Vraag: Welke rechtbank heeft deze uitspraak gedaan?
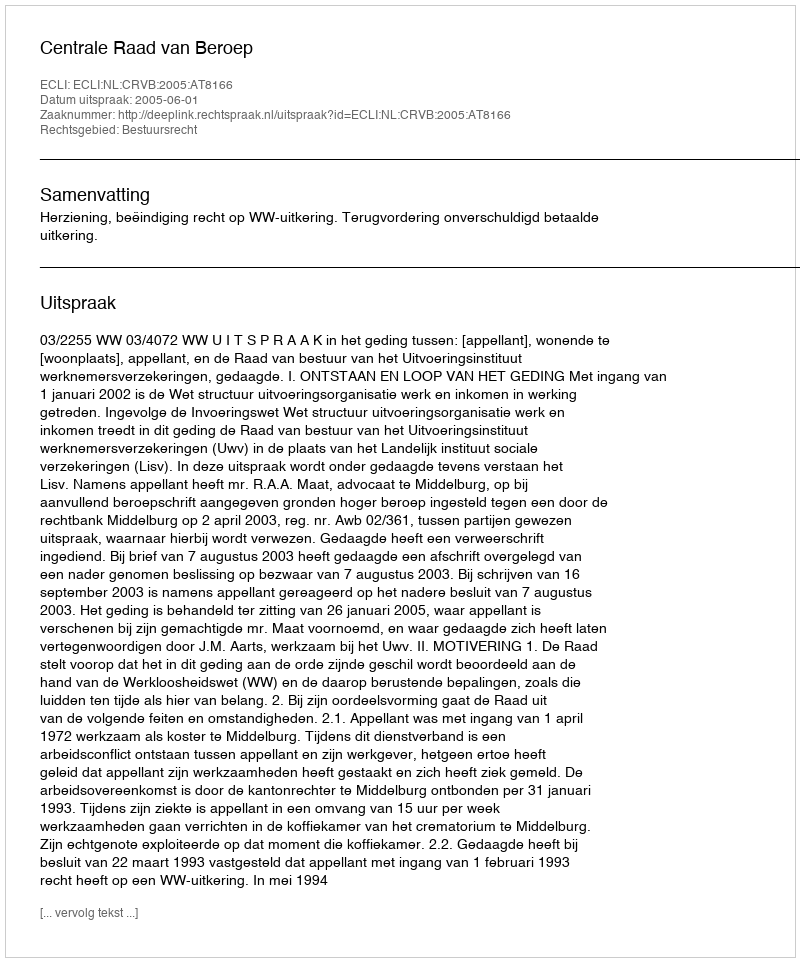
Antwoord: Centrale Raad van Beroep